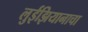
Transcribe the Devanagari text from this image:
लुईझियानाचा